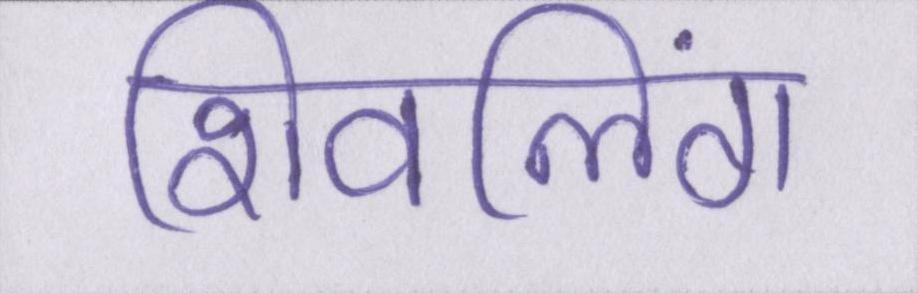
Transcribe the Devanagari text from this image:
शिवलिंग